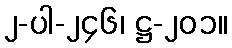
၂-ပါ-၂၄၆၊ ဋ္ဌ-၂၀၁။